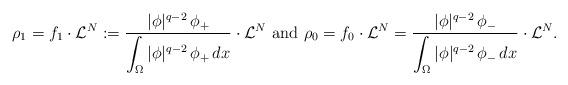
LaTeX: \begin{align*}\rho_1=f_1\cdot\mathcal{L}^N:=\frac{|\phi|^{q-2}\,\phi_+}{\displaystyle\int_\Omega |\phi|^{q-2}\,\phi_+\,dx}\cdot\mathcal{L}^N \mbox{ and }\rho_0=f_0\cdot\mathcal{L}^N=\frac{|\phi|^{q-2}\,\phi_-}{\displaystyle\int_\Omega|\phi|^{q-2}\,\phi_-\,dx}\cdot\mathcal{L}^N.\end{align*}